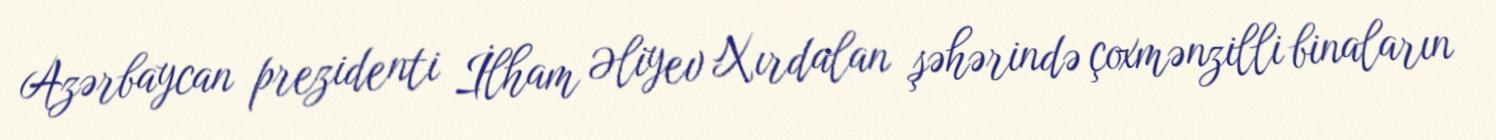
Azərbaycan prezidenti İlham Əliyev Xırdalan şəhərində çoxmənzilli binaların